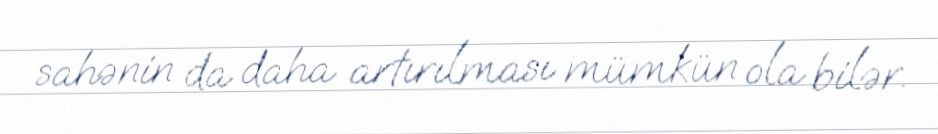
sahənin da daha artırılması mümkün ola bilər.